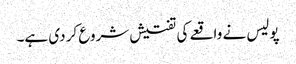
پولیس نے واقعے کی تفتیش شروع کر دی ہے۔